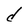
Character: d